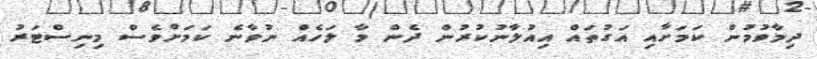
ދިމާވުމުން ކަމަށާއި އަގުތައް އިއުލާނުކުރުން ދެން މާ ލަހެއް ނުވާނެ ކަމަށްވެސް މިނިސްޓަރު